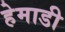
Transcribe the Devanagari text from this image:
हेमाडी